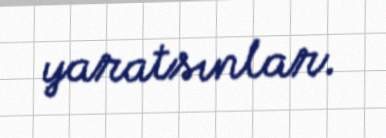
yaratsınlar.